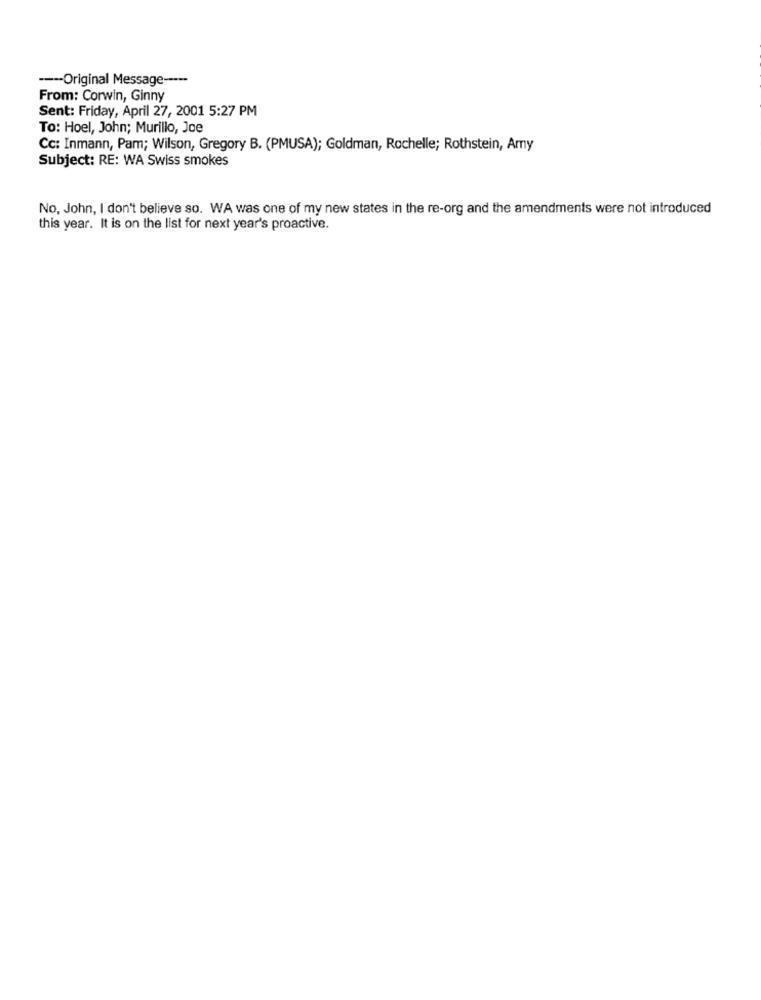
--- Original Message -----
From: Corwin, Ginny
Sent: Friday, April 27, 2001 5:27 PM
To: Hoel, John; Murillo, Joe
Cc: Inmann, Pam; Wilson, Gregory B. (PMUSA); Goldman, Rochelle; Rothstein, Amy
Subject: RE: WA Swiss smokes
No, John, I don't believe so. WA was one of my new states in the re-org and the amendments were not introduced
this year. It is on the list for next year's proactive.